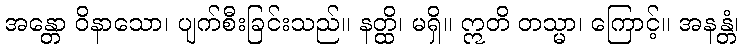
အန္တော ဝိနာသော၊ ပျက်စီးခြင်းသည်။ နတ္ထိ၊ မရှိ။ ဣတိ တသ္မာ၊ ကြောင့်။ အနန္တံ၊